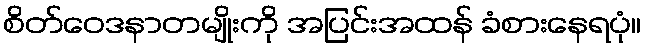
စိတ်ဝေဒနာတမျိုးကို အပြင်းအထန် ခံစားနေရပုံ။